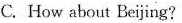
C. How about Beijing？